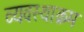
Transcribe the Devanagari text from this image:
व्यवस्थाक्रम